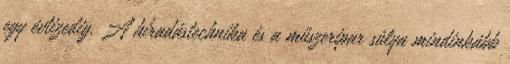
egy évtizedig. A híradástechnika és a műszeripar súlya mindinkább